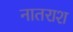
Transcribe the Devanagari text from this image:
नातराश